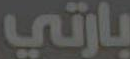
بارتي